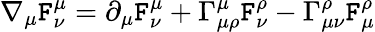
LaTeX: \nabla_{\mu}\mathtt{F}_{\nu}^{\mu}=\partial_{\mu}\mathtt{F}_{\nu}^{\mu}+\Gamma_{\mu\rho}^{\mu}\mathtt{F}_{\nu}^{\rho}-\Gamma_{\mu\nu}^{\rho}\mathtt{F}_{\mu}^{\rho}